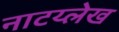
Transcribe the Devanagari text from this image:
नाटय्लेख